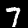
Digit: 7